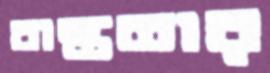
বাস্ততার